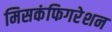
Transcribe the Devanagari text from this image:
मिसकंफिगरेशन